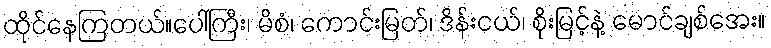
ထိုင်နေကြတယ်။ပေါ်ကြီး၊ မိစံ၊ ကောင်းမြတ်၊ ဒိန်းငယ်၊ စိုးမြင့်နဲ့ မောင်ချစ်အေး။